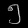
Digit: ၅